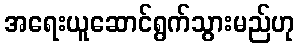
အရေးယူဆောင်ရွက်သွားမည်ဟု